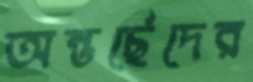
অন্তর্ছেদের